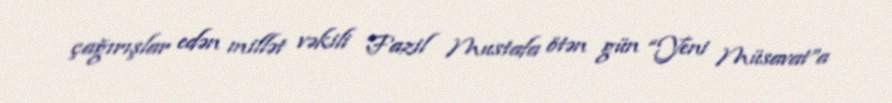
çağırışlar edən millət vəkili Fazil Mustafa ötən gün “Yeni Müsavat”a